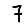
Digit: 7